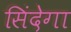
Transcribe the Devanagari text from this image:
सिंदेगा